Annual statistical returns and brief notes on vaccination in Bengal - 1887-1898
Year: 1887
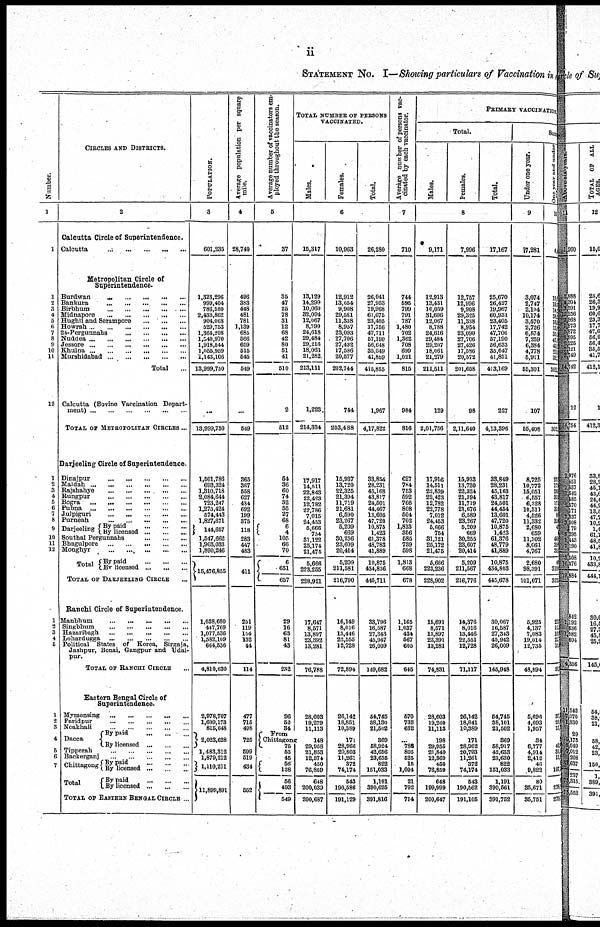
ii
STATEMENT No. I—Showing particulars of Vaccination in
Number.
1
1
l
2
3
4
5
6
7
8
9
10
11
12
1
2
3
4
5
6
7
8
10
11
12
1
2 3
4
5
1
2
3
4
5
6
CIRCLES AND DISTRICTS.
2
Calcutta Circle of Superintendence.
Calcutta ... ... ... ... ... ...
Metropolitan Circle of
Superintendence.
Burdwan...
...
...
...
...
...
Bankura...
...
...
...
...
Birbhum...
...
...
...
...
Midnapore...
...
...
...
...
Hughli and Serampore... ... ... ... ...
Howrah... ... ... ... ... ... ...
24-Pergunnaha... ... ... ... ... ...
Nuddea... ... ... ... ... ... ...
Jessore...
...
...
...
...
...
...
Khulna... ... ... ... ... ... ... ...
Murshidabad... ... ... ... ... ... ...
Total...
Calcutta (Bovine Vaccination Depart-
ment)...
...
...
...
...
...
TOTAL OF METROPOLITAN CIRCLES ...
Darjeeling Circle of Superintendence.
Dinajpur...
...
...
...
...
...
Maldah...
...
...
...
...
...
Rajshahye...
...
...
...
...
...
Rungpur...
...
...
...
...
...
Bogra...
...
...
...
...
...
Pubna...
...
...
...
...
...
Julpiguri...
...
...
...
...
...
Purneah... ... ... ... ... ... ...
Darjeeling By paid... ... ... ... ... ...
By licensed... ... ... ... ... ...
Southal Pergunnahs... ... ... ... ... ... ...
Bhagulpore... ... ... ... ... ... ...
Monghyr... ... ... ... ... ... ...
Total
By paid... ... ... ... ... ... ...
By licensed... ... ... ... ...
TOTAL OF DARJEELING CIRCLE... ...
Ranchi Circle of Superintendence.
Manbhum... ... ... ... ... ... ...
Singbhum... ... ... ... ... ... ... ...
Hazaribagh... ... ... ... ... ... ...
Lohardugga... ... ... ... ... ... ...
Political States of Korea, Sirgaja,
Jashpur, Bonai, Gangpur and Udai-
pur.
TOTAL OF RANCHI CIRCLE
Eastern Bengal Circle of
Superintendence.
Mymensing... ... ... ... ... ... ...
Faridpur... ... ... ... ... ... ...
Noakhali... ... ... ... ... ... ...
Dacca
By paid
...
...
...
...
By licensed... ... ... ... ... ...
Tipperah... ... ... ... ... ... ...
Backerganj... ... ... ... ... ... ...
Chittagong
Total...
By paid... ... ... ... ...
By licensed... ... ... ... ... ...
By paid... ... ... ... ... ...
By licensed... ... ... ... ... ...
TOTAL OF EASTERN BENGAL CIRCLE ...
POPULATION.
3
601,235
1,323,296
999,404
786,580
2,433,862
904,068
529,753
1,364,208
1,540,970
1,918,544
1,055,959
1,143,106
13,999,750
13,999,750
1,501,786
693,324
1,310,718
2,084,644
723,247
1,275,424
674,443
1,827,671
144, 657
1,547,662
1,903,033
1,890,246
15,476,855
1,038,680
447,769
1,077,536
1,582,109
664,536
4,810,030
2,978,707
1,609,173
815,648
2,023,628
1,483,312
1,879,212
1,110,211
11,899,891
Average population per square
mile.
4
28,740
496
383
448
481
781
1,139
685
566
659
515
545
549
549
365
367
558
627
484
692
199
375
118
283
447
483
411
251
119
154
132
44
114
477
715
498
726
599
519
434
552
Average number of vaccinators em-
ployed throughout the season.
5
37
35
47
25
78
31
12
68
42
80
51
41
510
2
512
54
36
60
74
32
55
27
68
6
4
105
66
70
6
651
657
29
16
63
81
43
232
96
52
34
From
Chittagong
75 53
45
56
138
56
493
549
TOTAL NUMBER OF PERSONS
VACCINATED.
Males.
Females.
Total.
6
15,317
18,129
14,299
10,060
32,094
12,067
8,799
24,618
29,484
29,216
18,063
21,282
213,111
1,223.
214,334
17,917
14,511
22,843
22,423
12,782
22,786
7,015
24,453
5,666
754
31,122
25,174
21,475
5,666
223,255
228,921
17,647
8,571
13,897
23,392
13,281
76,788
28,603
19,279
11,113
148
29,958
21,853
12,374
450
76,859
648
200,039
200,687
10,963
12,912
13,654
9,908
29,581
11,338
8,957
23,093
27,706
27,432
17,586
20,577
202,744
744
203,488
15,937
13,720
22,325
21,394
11,719
21,681
6,590
23,267
5,209
669
30,256
23,609
20,414
5,209
211,581
216,790
16,149
8,016
13,446
22,555
12,728
72,894
26,142
18,851
10,389
171
28,966
20,803
11,261
372
74,174
543
190,586
191,129
26,280
26,041
27,953
19,968
61,675
23,405
17,756
47,711
57,190
56,648
35,649
41,869
415,855
1,967
4,17,822
33,854
28,231
45,168
43,817
24,501
41,467
13,605
47,720
10,875
1,423
61,378
48,783
41,889
10,875
434,836
445,711
33,796
16,587
27,343
45,947
26,009
149,682
54,745
38,130
21,502
369
58,924
42,656
23,635
822
151,033
1,191
390,625
391,816
Average number of persons vac-
cinated by each vaccinator.
7
710
744
595
799
791
787
1,480
702
1,362
708
699
1,021
815
984
816
627
784
753
592
766
808
504
702
1,813
356
585
739
598
1,813
668
678
1,165
1,037
434
567
605
645
570
733
632
...
786
805
525
15
1,094
21
792
714
PRIMARY VACCINATION
Total.
Males.
Females.
Total.
8
9,171
12,913
13,431
10,059
31,606
12,067
8,788
24,616
29,484
29,207
18,061
21,279
211,511
129
2,01,756
17,916
14,511
22,839
22,423
12,782
22,778
7,012
24,453
5,666
754
31,121
25,172
21,475
5,666
223,236
228,902
15,691
8,571
13,897
23,391
13,281
74,831
28,603
19,260
11,113
198
29,955
21,840
12,369
450
76,859
648
199,999
200,647
7,996
12,767
12,996
9,908
29,325
11,338
8,954
23,090
27,706
27,426
17,536
20,572
201,658
98
2,11,640
16,933
13,720
22,324
21,394
11,719
21,676
6,589
23,267
5,209
669
30,255
23,607
20,414
5,209
211,567
216,776
14,376
8,016
13,446
22,551
12,728
71,117
26,142
18,841
10,389
171
28,962
20,793
11,261
372
74,174
543
190,562
191,105
17,167
25,670
26,427
19,967
60,931
23,405
17,742
47,706
57,190
56,633
35,647
41,851
413,169
227
4,13,396
33,849
28,231
45,163
43,817
24,501
44,454
13,601
47,720
10,875
1,423
61,376
48,779
41,889
10,875
434,803
445,678
30,067
16,587
27,343
45,942
26,009
145,948
54,745
38,101
21,502
369
58,917
42,633
23,630
822
151,033
1,191
390,561
391,752
Succ
Under one year.
9
17,281
8,074
2,747
2,104
10,174
3,570
2,726
6,574
7,259
6,384
4,778
5,911
65,301
107
55,408
8,725
10,772
15,051
6,557
6,328
10,311
4,526
11,332
2,680
659
11,302
8,061
4,767
2,680
98,391
101,071
5,925
4,137
7,083
19,014
12,735
48,894
5,696
4,093
1,957
34
6,777
4,914
2,412
40
9,822
80
35,671
35,751
One year and under
10
6
19
19
14
33 16
13
35
45
43
23
32
302
302
23
17
28
33
17
31
3
33
4 0
46
32
35
4
319
323
23
11
19 23
12
92
37
24 17
0
43
38
13
0 107
0
278
279